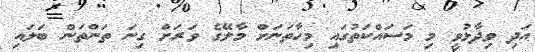
އަދި ވިދާޅުވީ މި މަސައްކަތުގައި މިހާތަނަށް މާލޭގެ ވަރަށް ގިނަ ތަންތަން ބަލައި